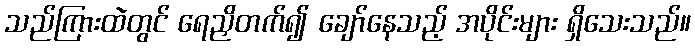
သည်ကြားထဲတွင် ရေညှိတက်၍ ချော်နေသည့် အပိုင်းများ ရှိသေးသည်။